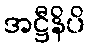
အဋ္ဌီနိပိ